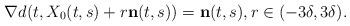
LaTeX: \begin{align*} \nabla d(t,X_0(t,s)+r \bold{n}(t,s)) = \bold{n}(t,s), r \in (-3\delta,3\delta).\end{align*}